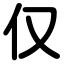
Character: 仅